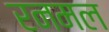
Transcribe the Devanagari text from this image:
रनमल